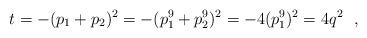
LaTeX: \begin{align*}t=-(p_1+p_2)^2=-(p_1^9+p_2^9)^2=-4(p_1^9)^2=4q^2\ \ ,\end{align*}